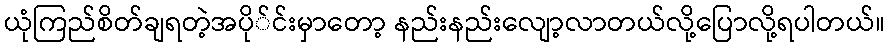
ယုံကြည်စိတ်ချရတဲ့အပို်င်းမှာတော့ နည်းနည်းလျော့လာတယ်လို့ပြောလို့ရပါတယ်။